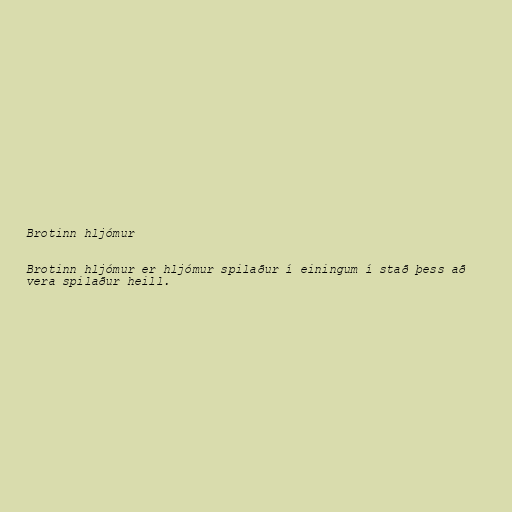
Brotinn hljómur

Brotinn hljómur er hljómur spilaður í einingum í stað þess að
vera spilaður heill.